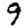
Digit: 9